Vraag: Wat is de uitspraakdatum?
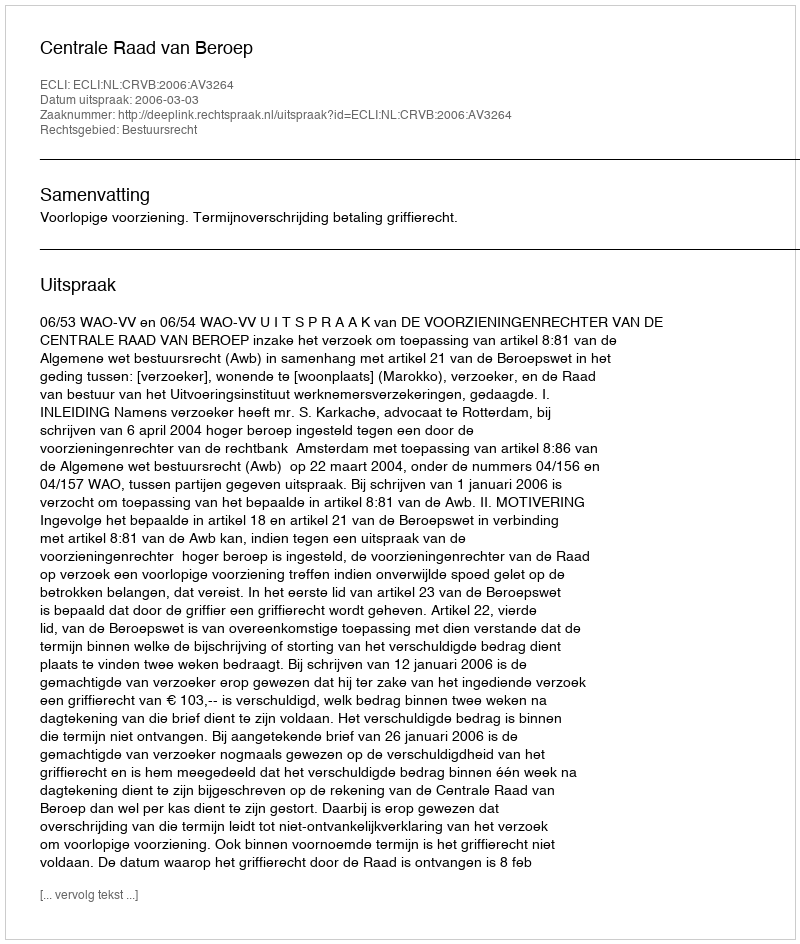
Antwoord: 2006-03-03